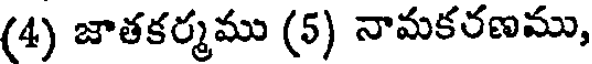
(4) జాతకర్మము (5) నామకరణము,